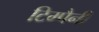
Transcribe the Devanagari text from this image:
टिम्पैनी